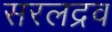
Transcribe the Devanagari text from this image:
सरलद्रव